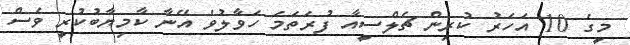
މީގެ 10 އަހަރު ކުރިން ޗެލްސީއާ ފުރަތަމަ ހަވާލުވެ އޭނާ ކާމިޔާބުކުރީ ވެސް